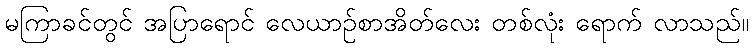
မကြာခင်တွင် အပြာရောင် လေယာဉ်စာအိတ်လေး တစ်လုံး ရောက် လာသည်။